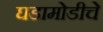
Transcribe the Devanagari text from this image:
घडामोडीचे